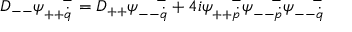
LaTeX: { \cal D } _ { -- } \psi _ { + + \dot { q } } ^ { ~ ~ ~ - } = { \cal D } _ { + + } \psi _ { -- \dot { q } } ^ { ~ ~ ~ - } + 4 i \psi _ { + + \dot { p } } ^ { ~ ~ ~ - } \psi _ { -- \dot { p } } ^ { ~ ~ ~ - } \psi _ { -- \dot { q } } ^ { ~ ~ ~ - }